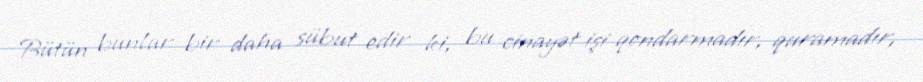
Bütün bunlar bir daha sübut edir ki, bu cinayət işi qondarmadır, quramadır,